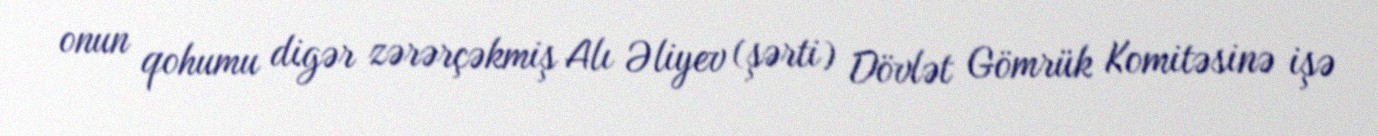
onun qohumu digər zərərçəkmiş Alı Əliyev (şərti) Dövlət Gömrük Komitəsinə işə